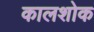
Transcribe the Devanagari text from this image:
कालशोक